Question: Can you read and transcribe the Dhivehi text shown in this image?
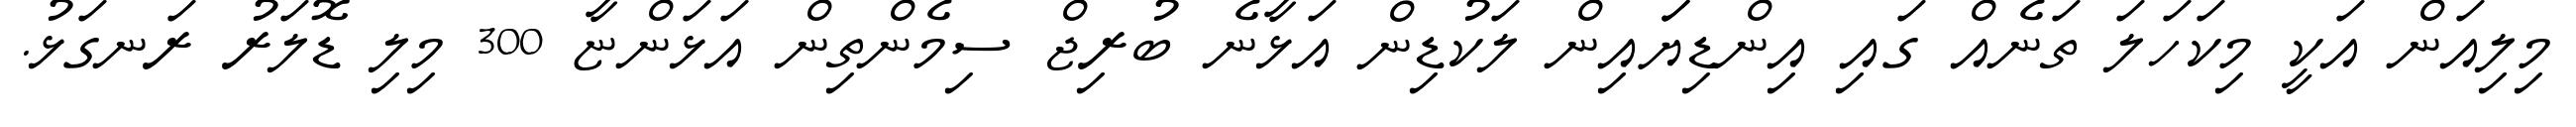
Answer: މިލިއަން އަކީ މިކަހަލަ ތަނެއް ގައި އިންޑިޔަައިން ލަކުޑިން އަޅާނެ ބުރިޖް ސިމެންތިން އަޅަންޏާ 300 މިލި ޑޮލަރު ރަނގަޅު.